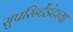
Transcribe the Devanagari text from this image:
सुपरिन्टेंडंटच्या